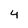
Character: 4